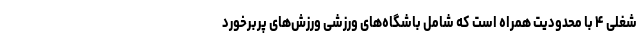
شغلی ۴ با محدودیت همراه است که شامل باشگاه‌های ورزشی ورزش‌های پربرخورد